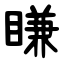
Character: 䁠